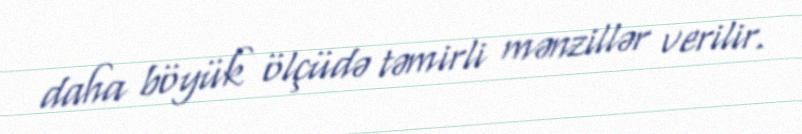
daha böyük ölçüdə təmirli mənzillər verilir.